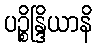
ပဉ္စိန္ဒြိယာနိ